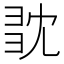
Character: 𢑝